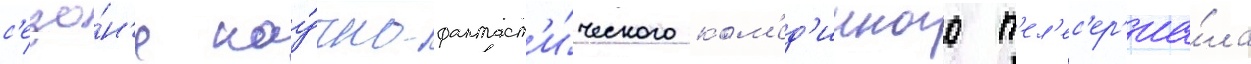
с'езо́н'е нау́чно-фантаст'и́ческого ком'ед'ииного т'ел'ес'ер'иа́ла